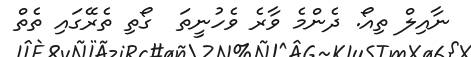
ނާއިލް ތިއޯ. ދެންމެ ވާރެ ވެހުނީތަ  ގޯތި ތެރޭގައި ތެތް